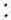
: